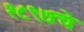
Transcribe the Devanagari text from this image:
१८९७चे